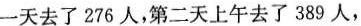
一天去了276人，第二天上午去了389人，